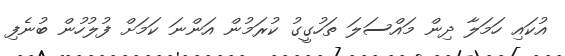
އުކައި ހަމަލާ ދިން މައްސަލަ ތަހުގީގު ކުރަމުން އަންނަ ކަމަށް ފުލުހުން ބުނެފި